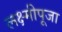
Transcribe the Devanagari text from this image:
लक्ष्मीपूजा